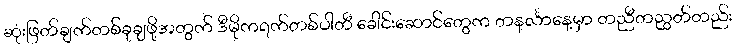
ဆုံးဖြတ်ချက်တစ်ခုချဖို့အတွက် ဒီမိုကရက်တစ်ပါတီ ခေါင်းဆောင်တွေက တနင်္လာနေ့မှာ တညီတညွတ်တည်း